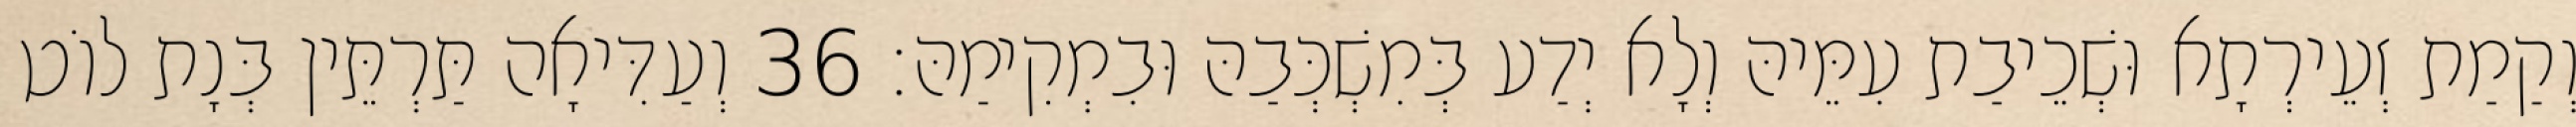
וְקַמַת זְעֵירְתָא וּשְׁכֵיבַת עִמֵּיהּ וְלָא יְדַע בְּמִשְׁכְּבַהּ וּבִמְקִימַהּ׃ 36 וְעַדִּיאָה תַּרְתֵּין בְּנָת לוֹט